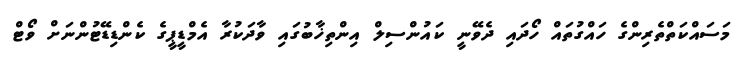
މަސައްކަތްތެރިންގެ ހައްގުތައް ހޯދައި ދެވޭނީ ކައުންސިލް އިންތިޚާބުގައި ވާދަކުރާ އެމްޑީޕީގެ ކެންޑިޑޭޓުންނަށް ވޯޓް